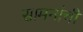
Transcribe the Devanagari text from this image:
सामनांची